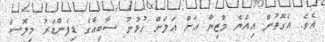
އެވެ. އެގޮތުން އިއްޔެ މާޒިޔާ އަށް އަލަށް ގުޅުނު ސާބިއާގެ ޑިފެންޑަރު މިލޮސް